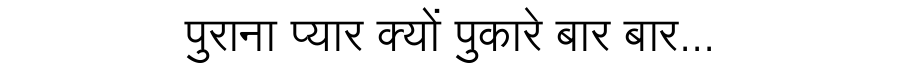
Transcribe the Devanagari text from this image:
पुराना प्यार क्यों पुकारे बार बार...